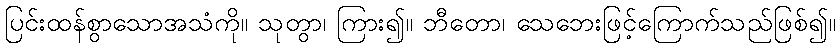
ပြင်းထန်စွာသောအသံကို။ သုတွာ၊ ကြား၍။ ဘီတော၊ သေဘေးဖြင့်ကြောက်သည်ဖြစ်၍။